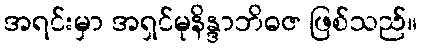
အရင်းမှာ အရှင်မုနိန္ဒာဘိဓဇ ဖြစ်သည်။